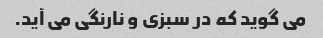
می گوید که در سبزی و نارنگی می آید.